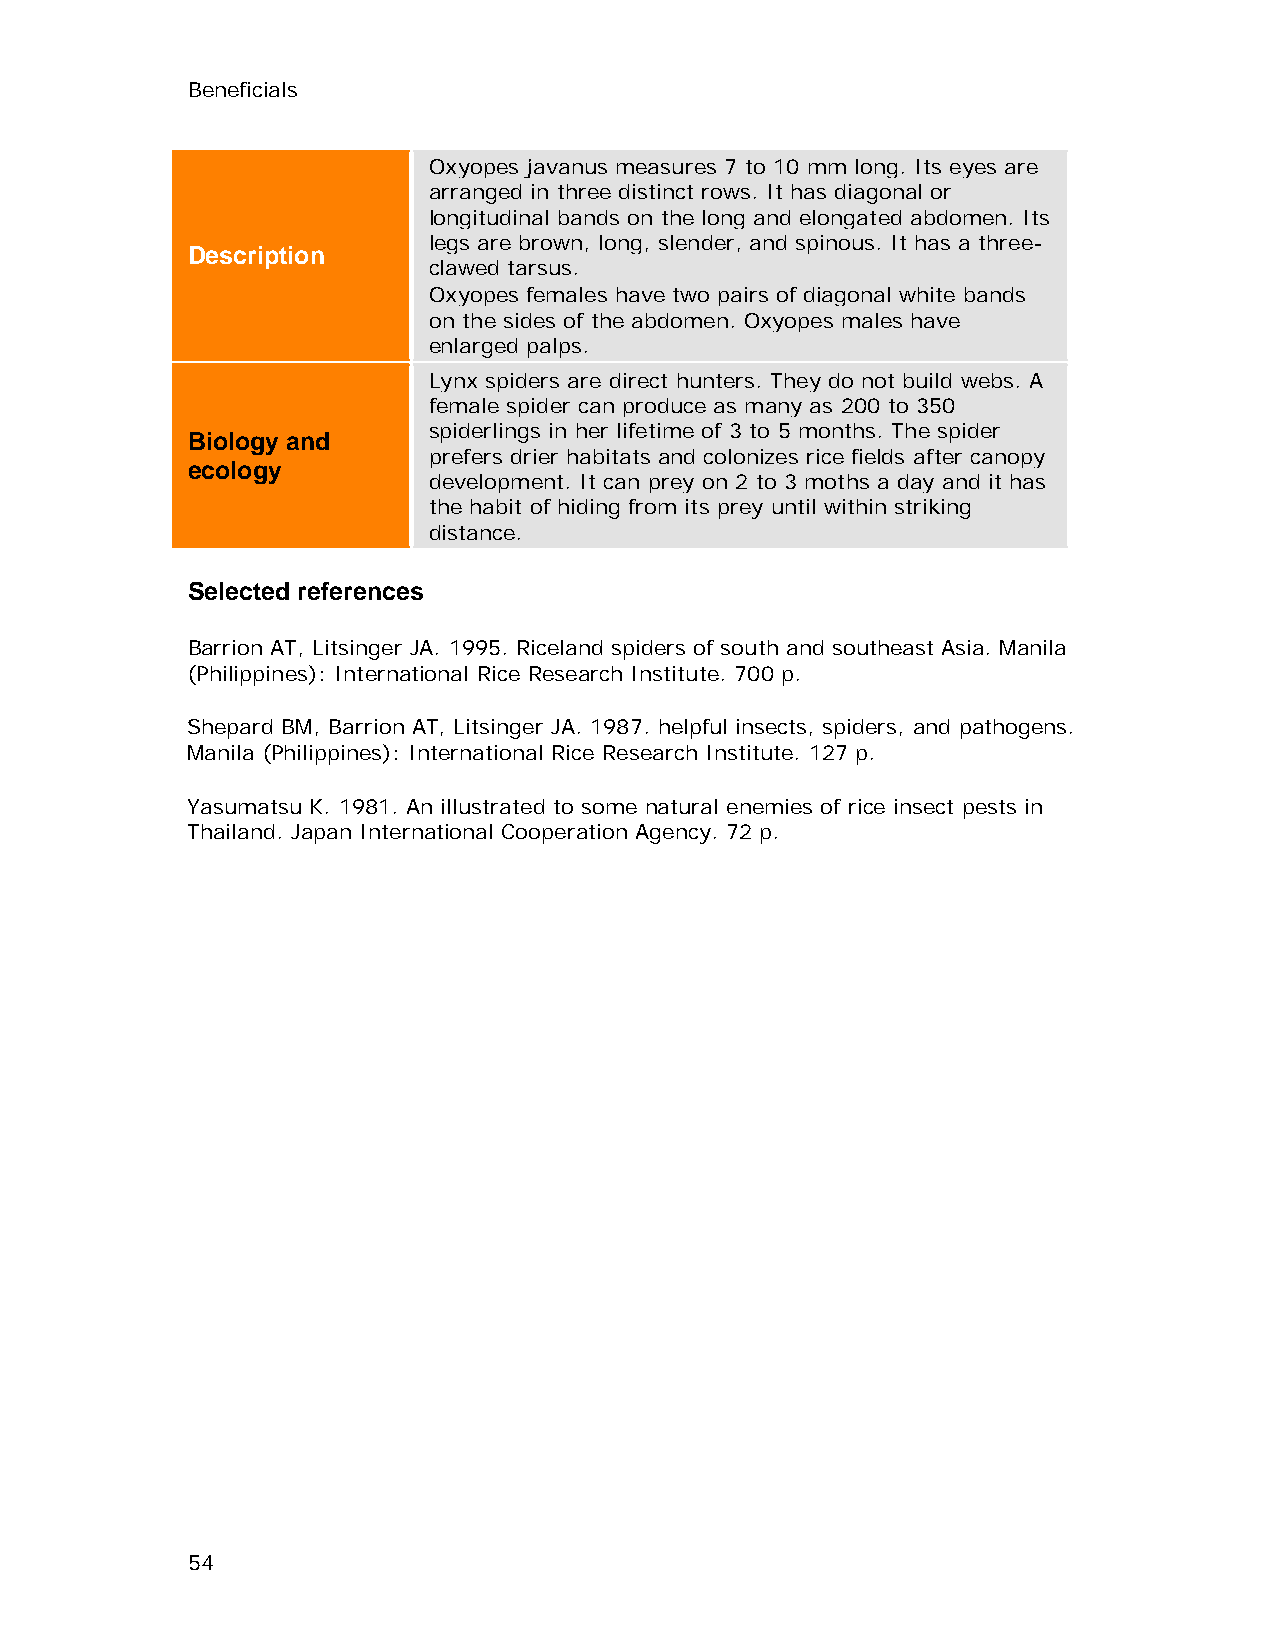
Beneficials
 Oxyopes javanus measures 7 to 10 mm long. Its eyes are
 arranged in three distinct rows. It has diagonal or
 longitudinal bands on the long and elongated abdomen. Its
 legs are brown, long, slender, and spinous. It has a three-
 Description
 clawed tarsus.
 Oxyopes females have two pairs of diagonal white bands
 on the sides of the abdomen. Oxyopes males have
 enlarged palps.
 Lynx spiders are direct hunters. They do not build webs. A
 female spider can produce as many as 200 to 350
 spiderlings in her lifetime of 3 to 5 months. The spider
 Biology and
 prefers drier habitats and colonizes rice fields after canopy
 ecology
 development. It can prey on 2 to 3 moths a day and it has
 the habit of hiding from its prey until within striking
 distance.
 Selected references
 Barrion AT, Litsinger JA. 1995. Riceland spiders of south and southeast Asia. Manila
 (Philippines): International Rice Research Institute. 700 p.
 Shepard BM, Barrion AT, Litsinger JA. 1987. helpful insects, spiders, and pathogens.
 Manila (Philippines): International Rice Research Institute. 127 p.
 Yasumatsu K. 1981. An illustrated to some natural enemies of rice insect pests in
 Thailand. Japan International Cooperation Agency. 72 p.
 54